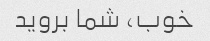
خوب، شما بروید